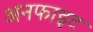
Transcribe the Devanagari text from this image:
अनफाइट